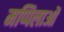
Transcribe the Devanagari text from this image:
मप्पिलाओं